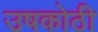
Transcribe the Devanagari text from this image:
उषकोठी